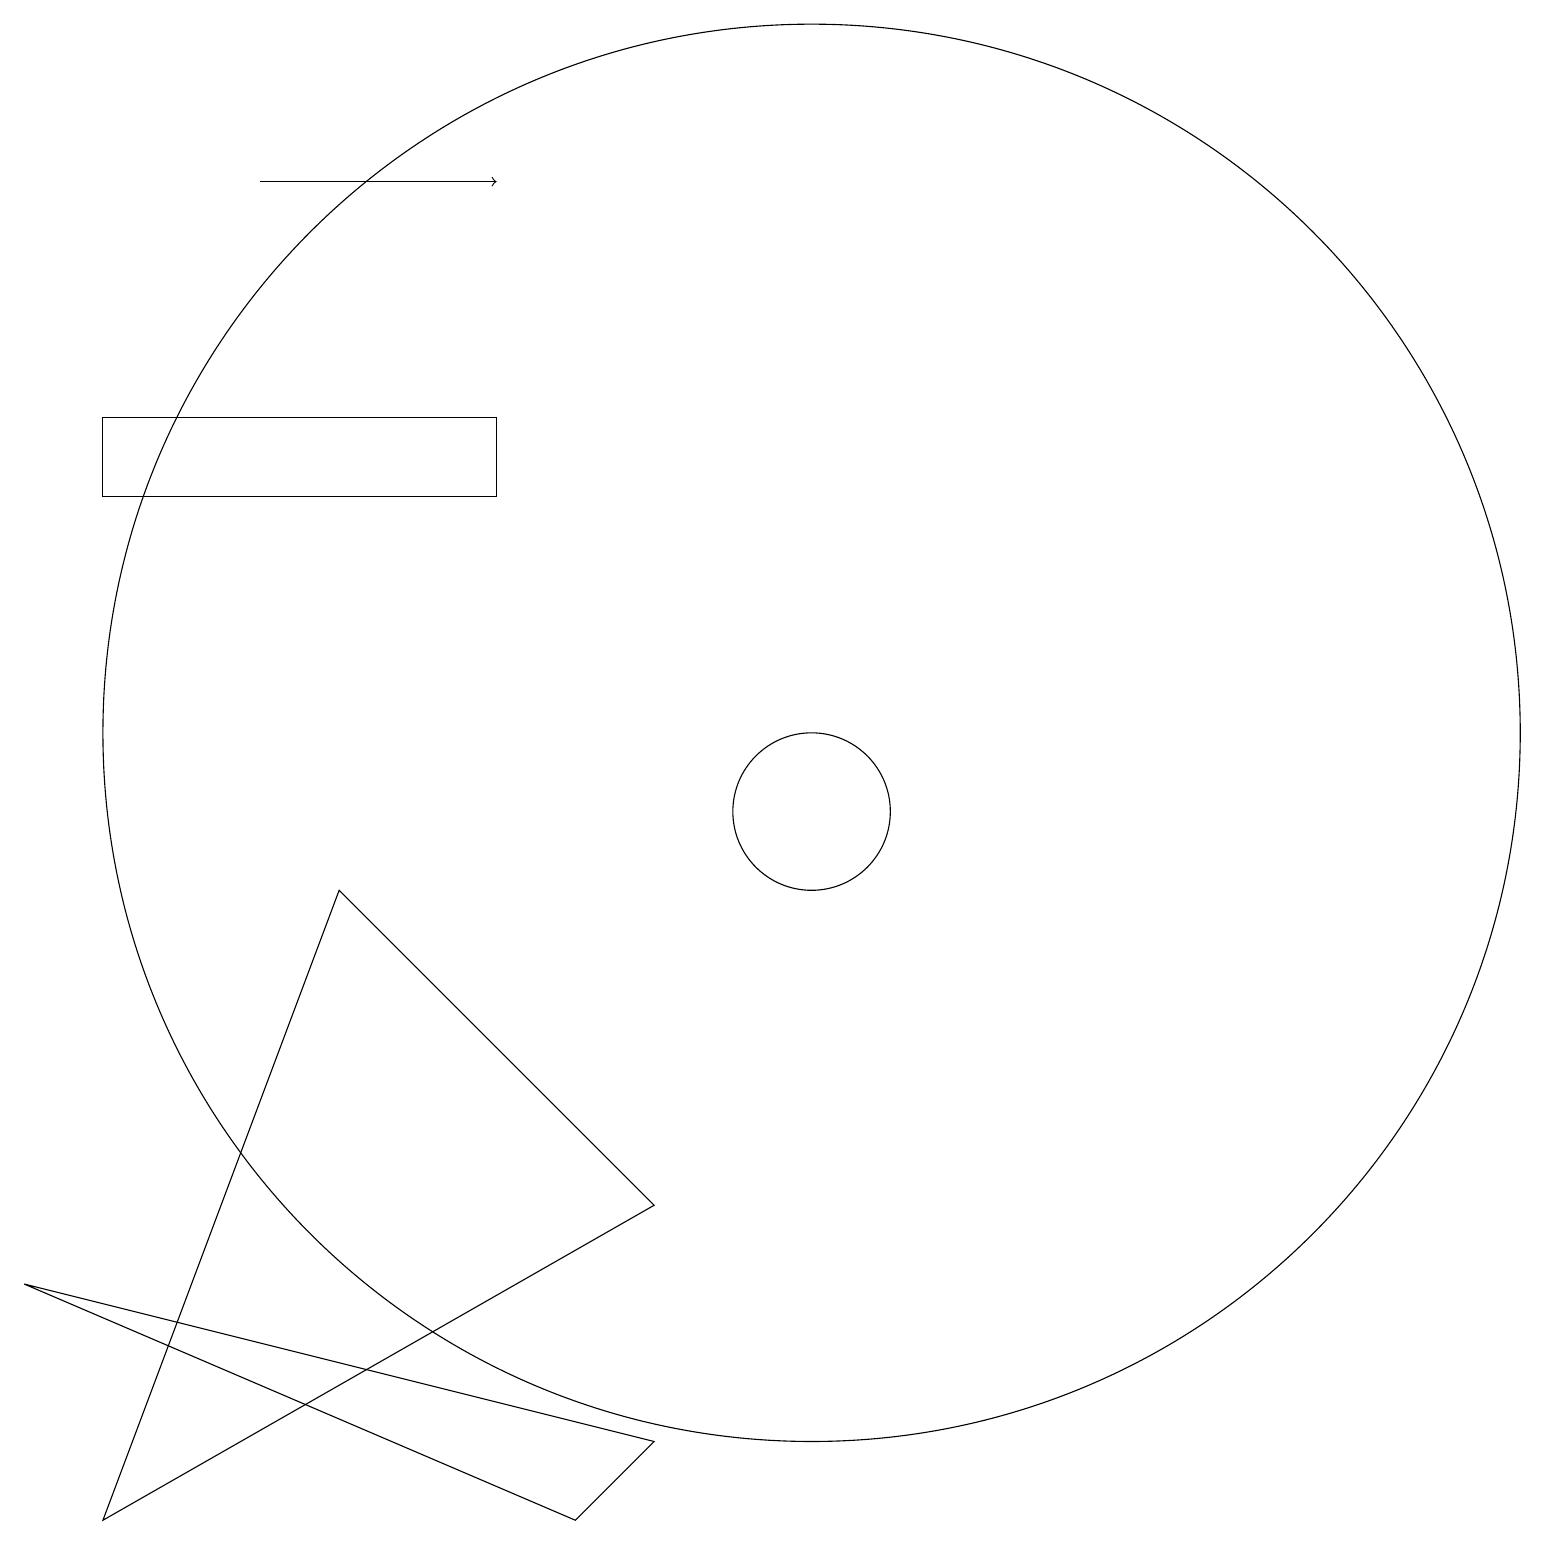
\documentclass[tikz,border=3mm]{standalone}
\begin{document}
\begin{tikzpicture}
\draw[->] (4,18) -- (7,18);
\draw (5,9) -- (2,1) -- (9,5) -- cycle;
\draw (9,2) -- (1,4) -- (8,1) -- cycle;
\draw (11,10) circle (1);
\draw (2,14) rectangle (7,15);
\draw (11,11) circle (9);
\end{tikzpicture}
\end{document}